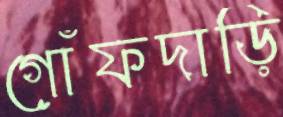
গোঁফদাড়ি